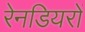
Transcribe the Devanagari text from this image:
रेनडियरों